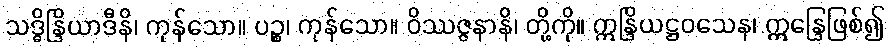
သဒ္ဓိန္ဒြိယာဒီနိ၊ ကုန်သော။ ပဉ္စ၊ ကုန်သော။ ဝိဿဇ္ဇနာနိ၊ တို့ကို။ ဣန္ဒြိယဋ္ဌဝသေန၊ ဣန္ဒြေဖြစ်၍